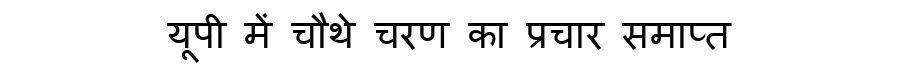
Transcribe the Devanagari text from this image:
यूपी में चौथे चरण का प्रचार समाप्त